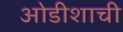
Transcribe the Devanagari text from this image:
ओडीशाची